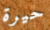
حيرة